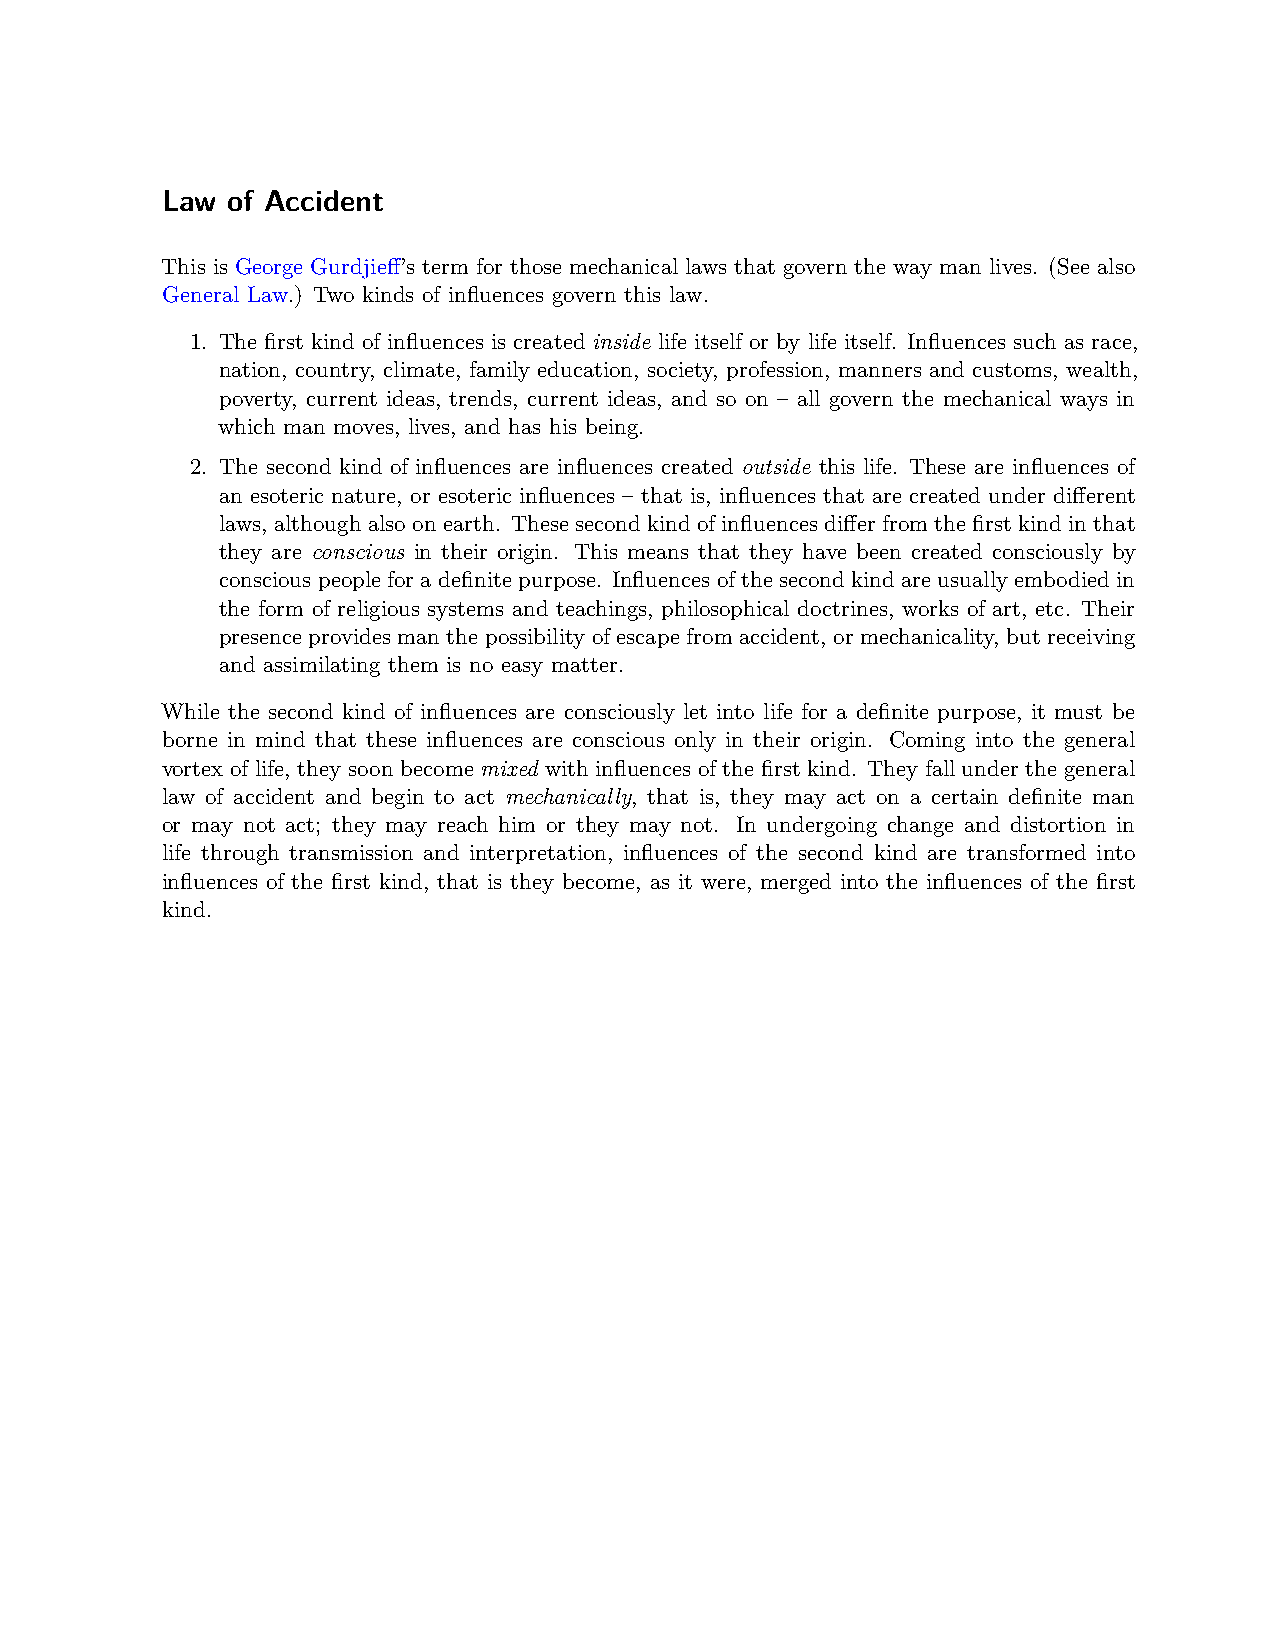
Law of Accident
 This is George Gurdjieff’s term for those mechanical laws that govern the way man lives. (See also
 General Law.) Two kinds of influences govern this law.
 1. The first kind of influences is created inside life itself or by life itself. Influences such as race,
 nation, country, climate, family education, society, profession, manners and customs, wealth,
 poverty, current ideas, trends, current ideas, and so on – all govern the mechanical ways in
 which man moves, lives, and has his being.
 2. The second kind of influences are influences created outside this life. These are influences of
 an esoteric nature, or esoteric influences – that is, influences that are created under different
 laws, although also on earth. These second kind of influences differ from the first kind in that
 they are conscious in their origin. This means that they have been created consciously by
 conscious people for a definite purpose. Influences of the second kind are usually embodied in
 the form of religious systems and teachings, philosophical doctrines, works of art, etc. Their
 presence provides man the possibility of escape from accident, or mechanicality, but receiving
 and assimilating them is no easy matter.
 While the second kind of influences are consciously let into life for a definite purpose, it must be
 borne in mind that these influences are conscious only in their origin. Coming into the general
 vortex of life, they soon become mixed with influences of the first kind. They fall under the general
 law of accident and begin to act mechanically, that is, they may act on a certain definite man
 or may not act; they may reach him or they may not. In undergoing change and distortion in
 life through transmission and interpretation, influences of the second kind are transformed into
 influences of the first kind, that is they become, as it were, merged into the influences of the first
 kind.